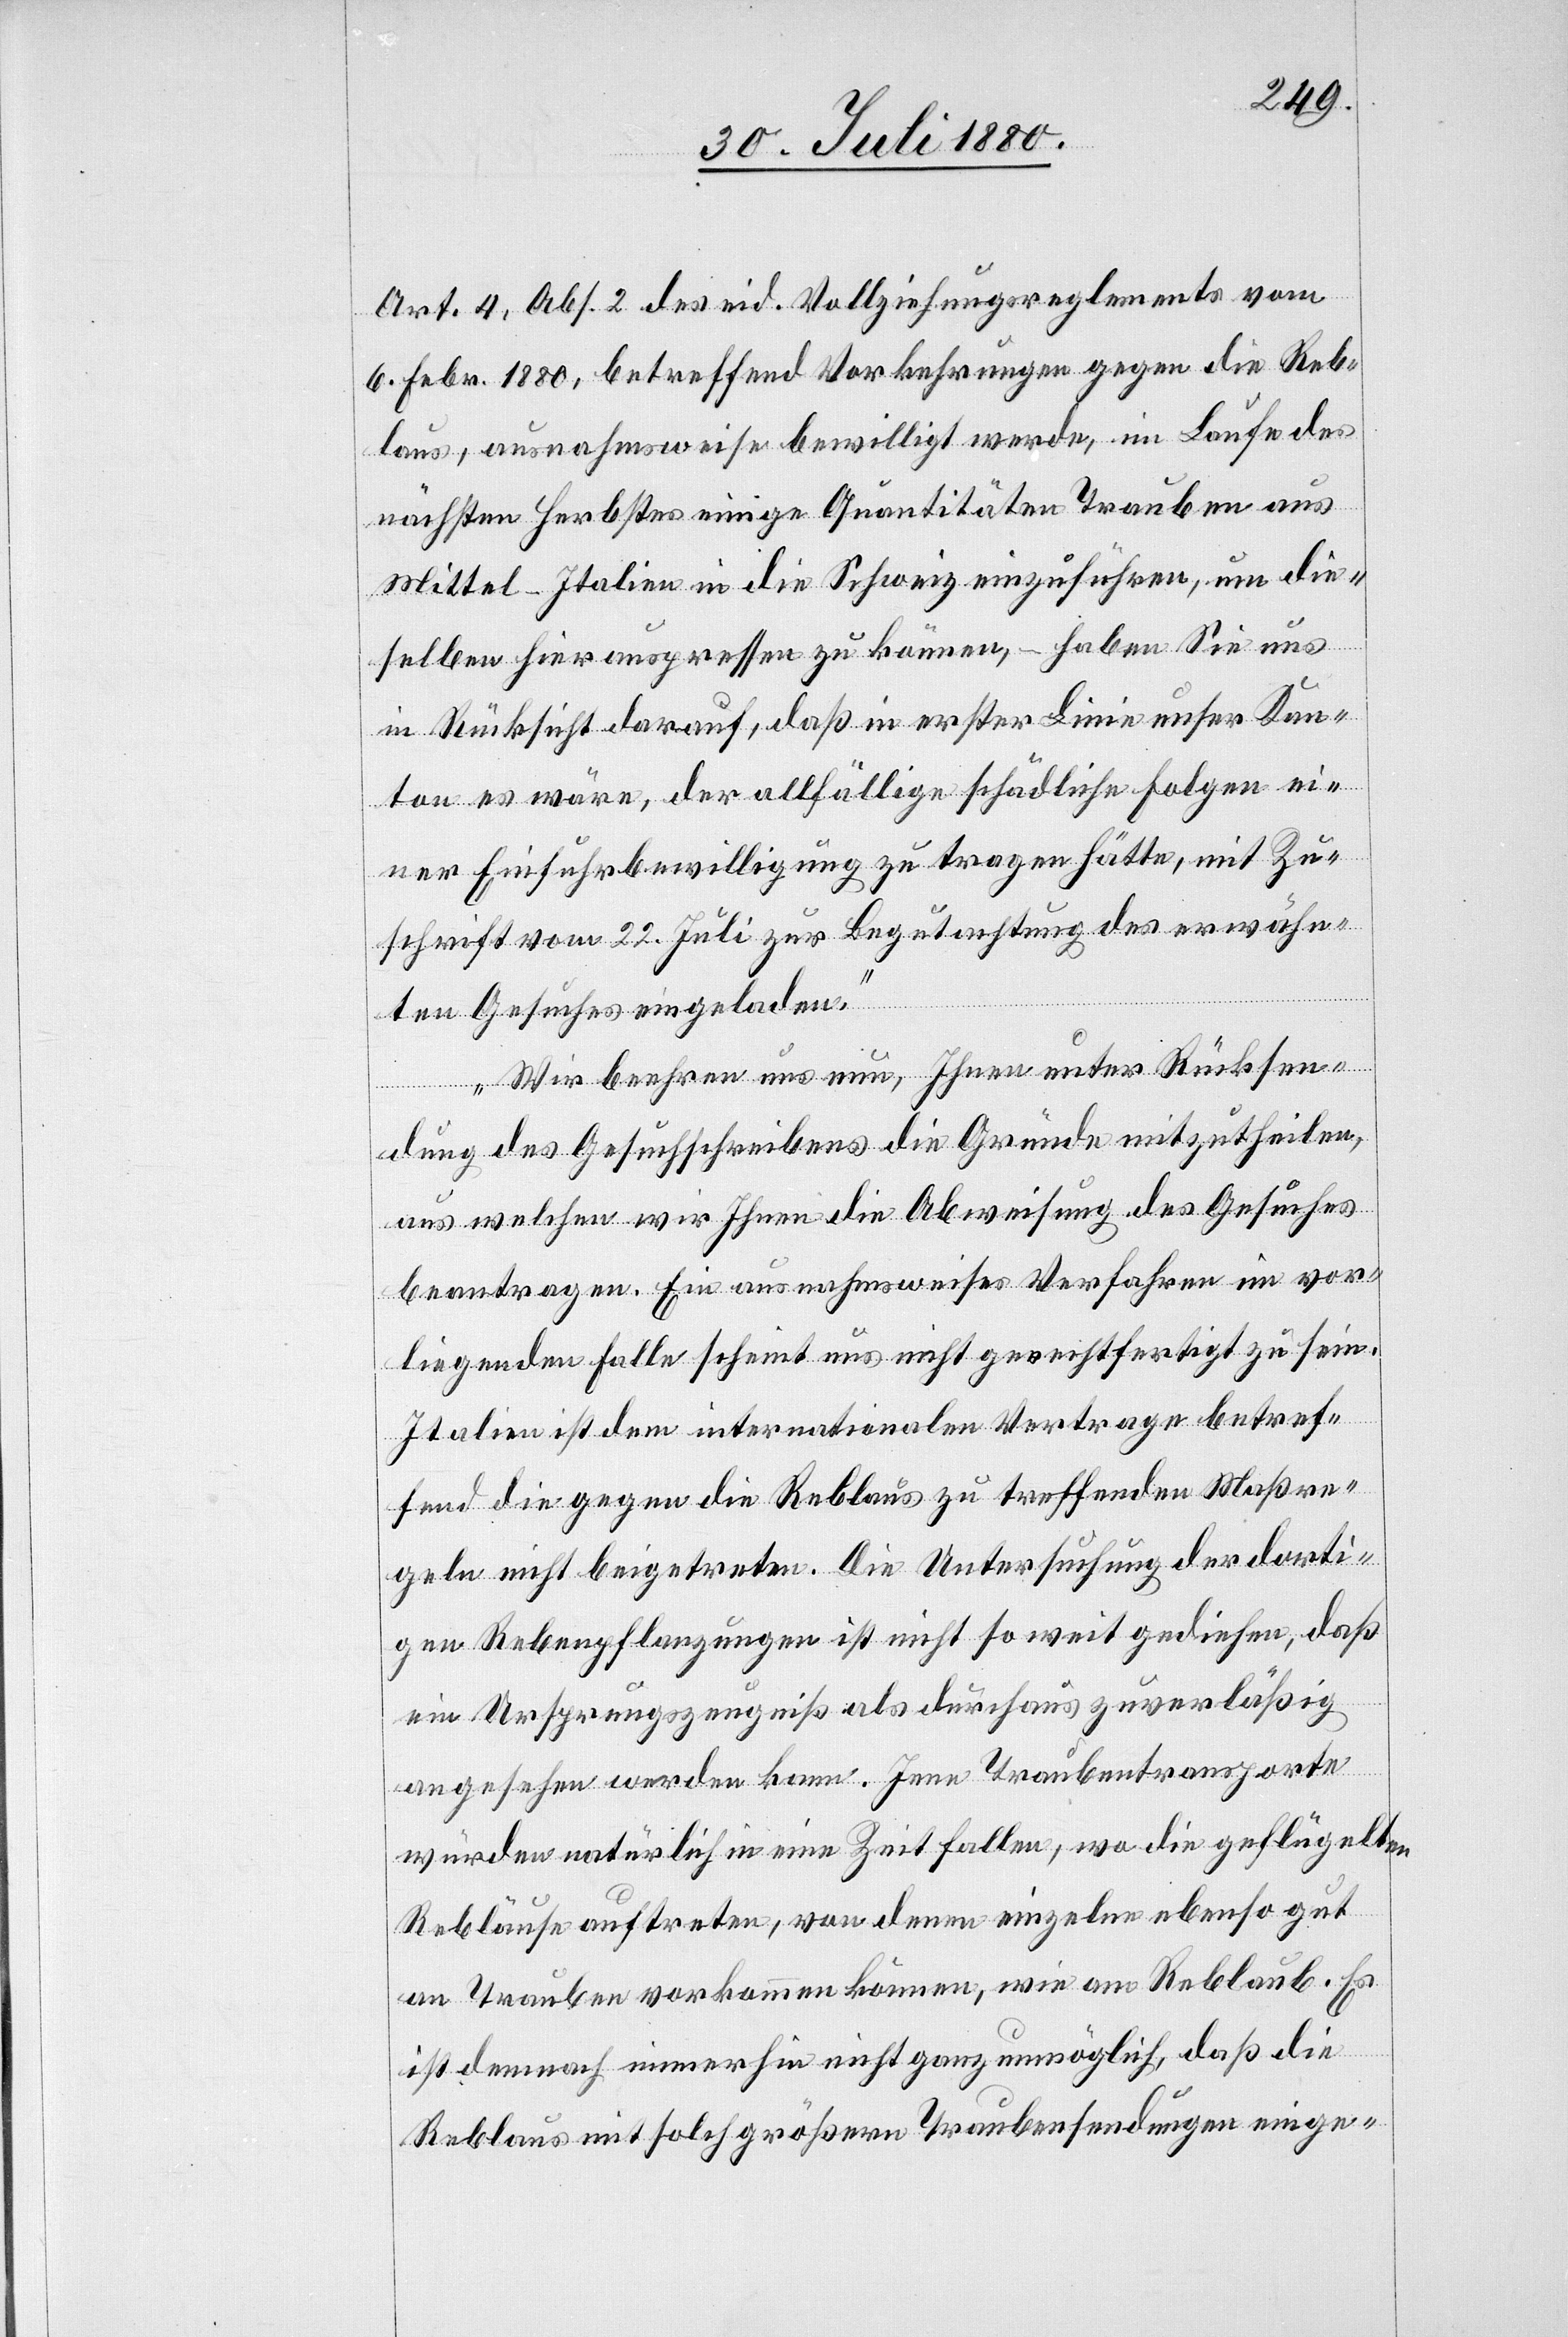
Art. 4, Abs. 2 des eid. Vollziehungsreglements vom
6. Febr. 1880, betreffend Vorkehrungen gegen die Reb¬
laus, ausnahmsweise bewilligt werde, im Laufe des
nächsten Herbstes einige Quantitäten Trauben aus
Mittel-Italien in die Schweiz einzuführen, um die¬
selben hier auspressen zu können, – haben Sie uns
in Rücksicht darauf, daß in erster Linie unser Kan¬
ton es wäre, der allfällige schädliche Folgen ei¬
ner Einfuhrbewilligung zu tragen hätte, mit Zu¬
schrift vom 22. Juli zur Begutachtung des erwähn¬
ten Gesuches eingeladen.
Wir beehren uns nun, Ihnen unter Rücksen¬
dung des Gesuchschreibens die Gründe mitzutheilen,
aus welchen wir Ihnen die Abweisung des Gesuches
beantragen. Ein ausnahmsweises Verfahren im vor¬
liegenden Falle scheint uns nicht gerechtfertigt zu sein.
Italien ist dem internationalen Vertrage betref¬
fend die gegen die Reblaus zu treffenden Maßre¬
geln nicht beigetreten. Die Untersuchung der dorti¬
gen Rebenpflanzungen ist nicht so weit gediehen, daß
ein Ursprungszeugniß als durchaus zuverläßig
angesehen werden kann. Jene Traubentransporte
würden natürlich in eine Zeit fallen, wo die geflügelten
Rebläuse auftreten, von denen einzelne ebenso gut
an Trauben vorkommen können, wie am Reblaub. Es
ist demnach immerhin nicht ganz unmöglich, daß die
Reblaus mit solch größern Traubensendungen einge-